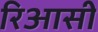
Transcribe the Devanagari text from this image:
रिआसी